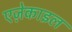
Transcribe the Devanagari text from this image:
एज़ेकाइल